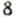
8